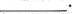
___.